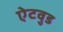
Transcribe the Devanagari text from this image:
ऐटवुड